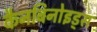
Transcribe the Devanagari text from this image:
कैनबिनोइड्स